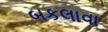
બકલાવા